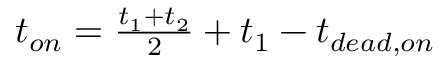
\begin{array} { r } { t _ { o n } = \frac { t _ { 1 } + t _ { 2 } } { 2 } + t _ { 1 } - t _ { d e a d , o n } } \end{array}